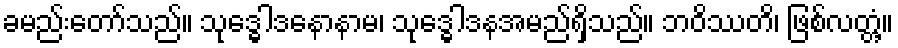
ခမည်းတော်သည်။ သုဒ္ဓေါဒနောနာမ၊ သုဒ္ဓေါဒနအမည်ရှိသည်။ ဘဝိဿတိ၊ ဖြစ်လတ္တံ့။